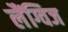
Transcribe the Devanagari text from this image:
लैंग्विज